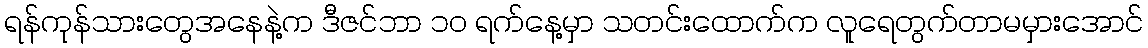
ရန်ကုန်သားတွေအနေနဲ့က ဒီဇင်ဘာ ၁၀ ရက်နေ့မှာ သတင်းထောက်က လူရေတွက်တာမမှားအောင်